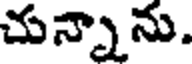
చున్నాను.